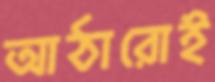
আঠারোই